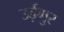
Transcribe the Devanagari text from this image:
उईगुर